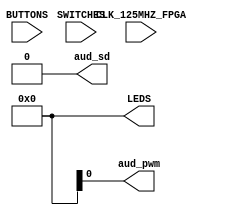
`timescale 1ns / 1ps

//----------------------------------------------------------------------------
// UC Berkeley, EECS 151/251A FPGA Lab
// Lab 3, Fall 2018
// Module: z1top.v 
//----------------------------------------------------------------------------
module z1top (
    input CLK_125MHZ_FPGA,
    input [3:0] BUTTONS,
    input [1:0] SWITCHES,
    output [5:0] LEDS,
    output aud_pwm,
    output aud_sd
);

    // TODO(you): Your code here. Remove the following lines once you add your implementation.
    assign LEDS[5:0] = 6'b0;
    assign aud_sd = 0;
endmodule